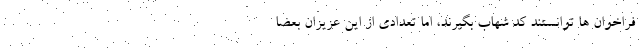
فراخوان ها توانستند کد شهاب بگیرند، اما تعدادی از این عزیزان بعضا